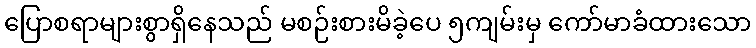
ပြောစရာများစွာရှိနေသည် မစဉ်းစားမိခဲ့ပေ ၅ကျမ်းမှ ကော်မာခံထားသော